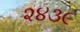
૨૪૩૯